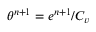
\theta ^ { n + 1 } = e ^ { n + 1 } / C _ { v }